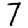
Digit: 7